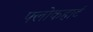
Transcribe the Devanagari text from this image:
फ्लोकहार्ट